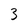
Character: 3